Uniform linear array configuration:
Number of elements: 4
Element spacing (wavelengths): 1
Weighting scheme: uniform
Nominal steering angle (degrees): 15
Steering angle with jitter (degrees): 13.554
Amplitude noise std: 0.05
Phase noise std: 0.05

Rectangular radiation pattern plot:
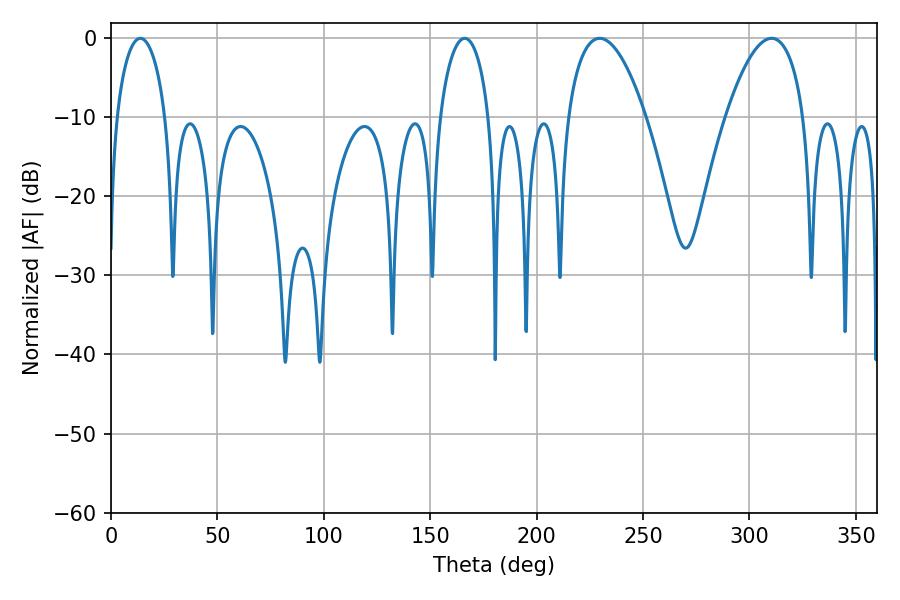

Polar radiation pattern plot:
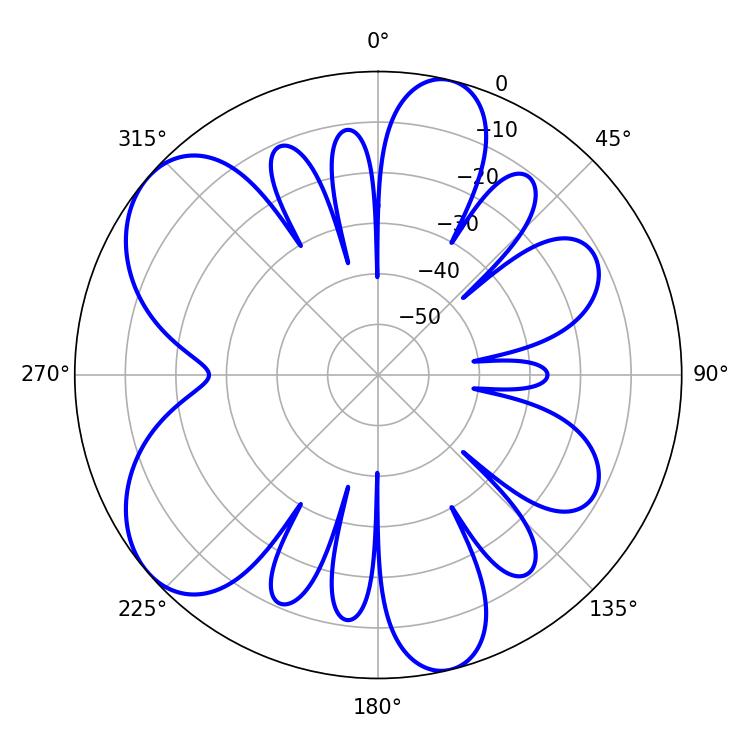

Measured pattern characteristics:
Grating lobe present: TRUE
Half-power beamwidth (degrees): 20.52
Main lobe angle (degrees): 229.68